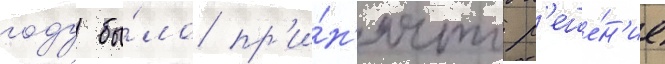
году бы́ло пр'и́н'ято р'еше́н'ие